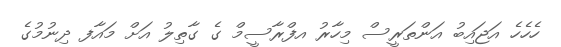
ހެހެހެ އަޖައިބު އަންތަރީސް މިހާރު އފްރާސީމް ގެ ގާތިލު އަށް މައާފ ދިނުމުގެ